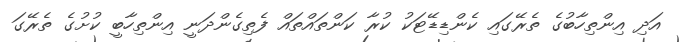
އަދި އިންތިހާބުގެ ތެރޭގައި ކެންޑިޑޭޓަކު ކުރާ ކަންތައްތައް ފެތިގެންދަނީ އިންތިހާބީ ކުށުގެ ތެރޭގަ